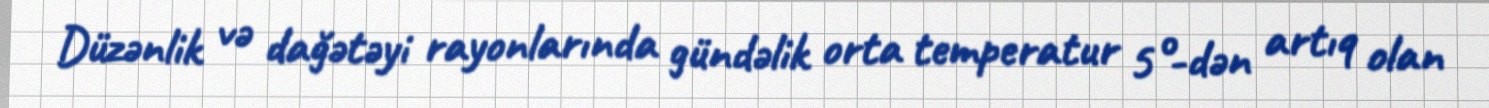
Düzənlik və dağətəyi rayonlarında gündəlik orta temperatur 5°-dən artıq olan